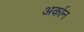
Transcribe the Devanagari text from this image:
अर्कान